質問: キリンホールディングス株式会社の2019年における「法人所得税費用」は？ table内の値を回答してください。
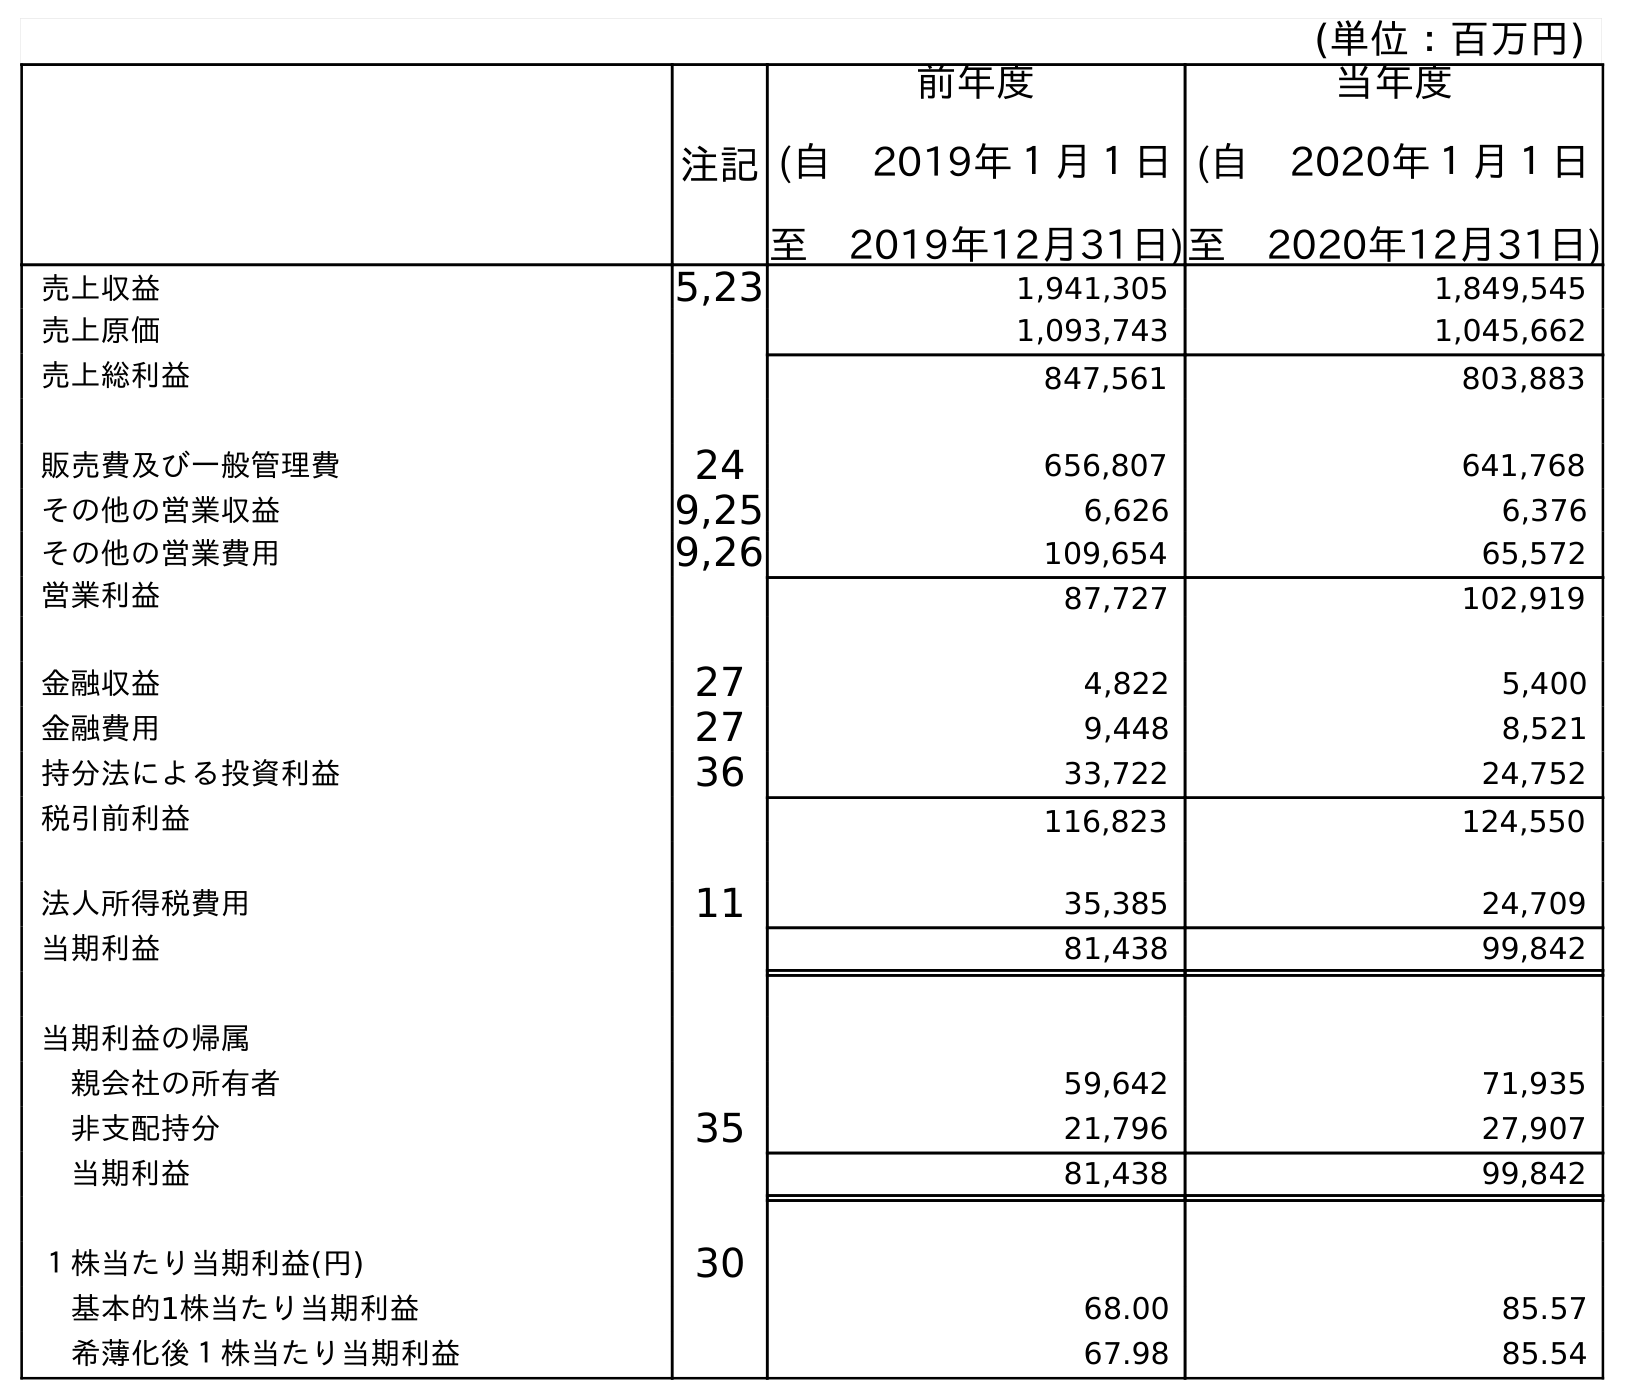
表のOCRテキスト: (単位：百万円) 注記 前年度 (自 2019年１月１日 至 2019年12月31日) 当年度 (自 2020年１月１日 至 2020年12月31日) 売上収益 5,23 1,941,305 1,849,545 売上原価 1,093,743 1,045,662 売上総利益 847,561 803,883 販売費及び一般管理費 24 656,807 641,768 その他の営業収益 9,25 6,626 6,376 その他の営業費用 9,26 109,654 65,572 営業利益 87,727 102,919 金融収益 27 4,822 5,400 金融費用 27 9,448 8,521 持分法による投資利益 36 33,722 24,752 税引前利益 116,823 124,550 法人所得税費用 11 35,385 24,709 当期利益 81,438 99,842 当期利益の帰属 親会社の所有者 59,642 71,935 非支配持分 35 21,796 27,907 当期利益 81,438 99,842 １株当たり当期利益(円) 30 基本的1株当たり当期利益 68.00 85.57 希薄化後１株当たり当期利益 67.98 85.54
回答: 35,385